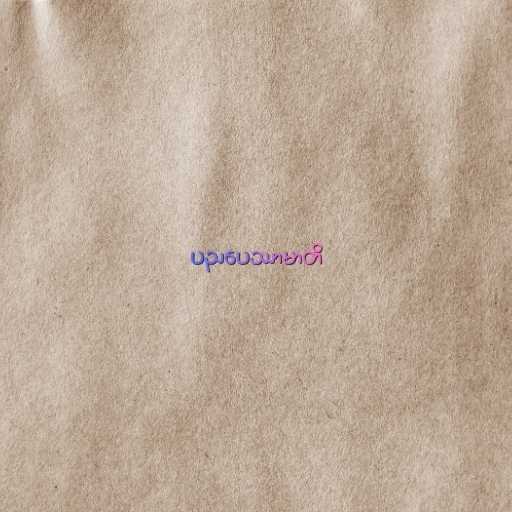
ပညပေဿာမာတိ